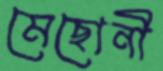
মেছোনী